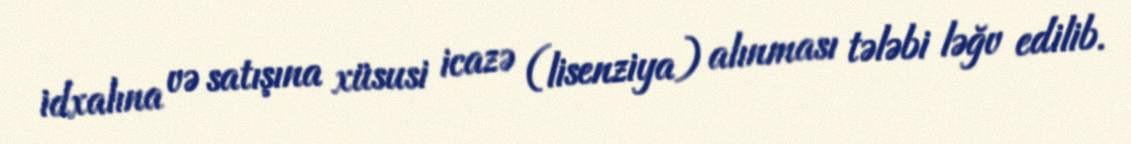
idxalına və satışına xüsusi icazə (lisenziya) alınması tələbi ləğv edilib.